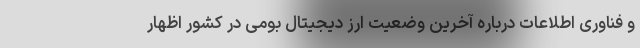
و فناوری اطلاعات درباره آخرین وضعیت ارز دیجیتال بومی در کشور اظهار